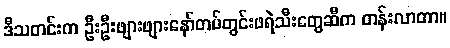
ဒီသတင်းက ဦးဦးဖျားဖျားနော်တပ်တွင်းဖရဲသီးတွေဆီက တန်းလာတာ။